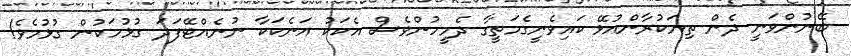
ބޭނުންވަނީ ދެން ތިޔަކުރާންއުޅޭ ކައިވެނީގެމަތީގާ ދެމީހުންވެސް އެކަކު އަނެކަކާ ނުނެއްޓޭފަދަ ގުޅުމަކުން ގުޅުމެވެ!